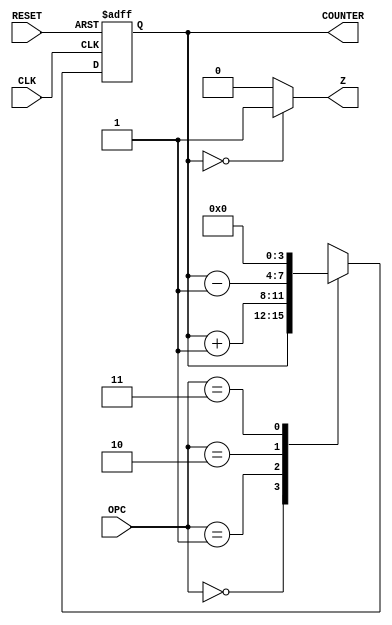
module counter_OPC (RESET, CLK, OPC, COUNTER,  Z);
		parameter SIZE = 4;	
		//input [SIZE-1:0] K;
		output [SIZE-1:0] COUNTER;
		output Z;
		input CLK, RESET;
		input [1:0] OPC;
		reg [SIZE-1:0] COUNTER;
		assign Z = (COUNTER ==0)? 1'b1 : 1'b0; //bandera zero
		always @(posedge CLK or posedge RESET)
			if (RESET)
				COUNTER = {SIZE{1'b0}};	 
			else
				case (OPC)
					0: COUNTER <= COUNTER;
					1: COUNTER <= COUNTER + 1'b1;
					2: COUNTER <= COUNTER - 1'b1;
					3: COUNTER <= 4'b0;			
				endcase			
endmodule